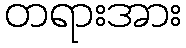
တရားအား